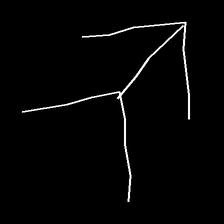
Glyph: gather